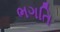
ભગતિ